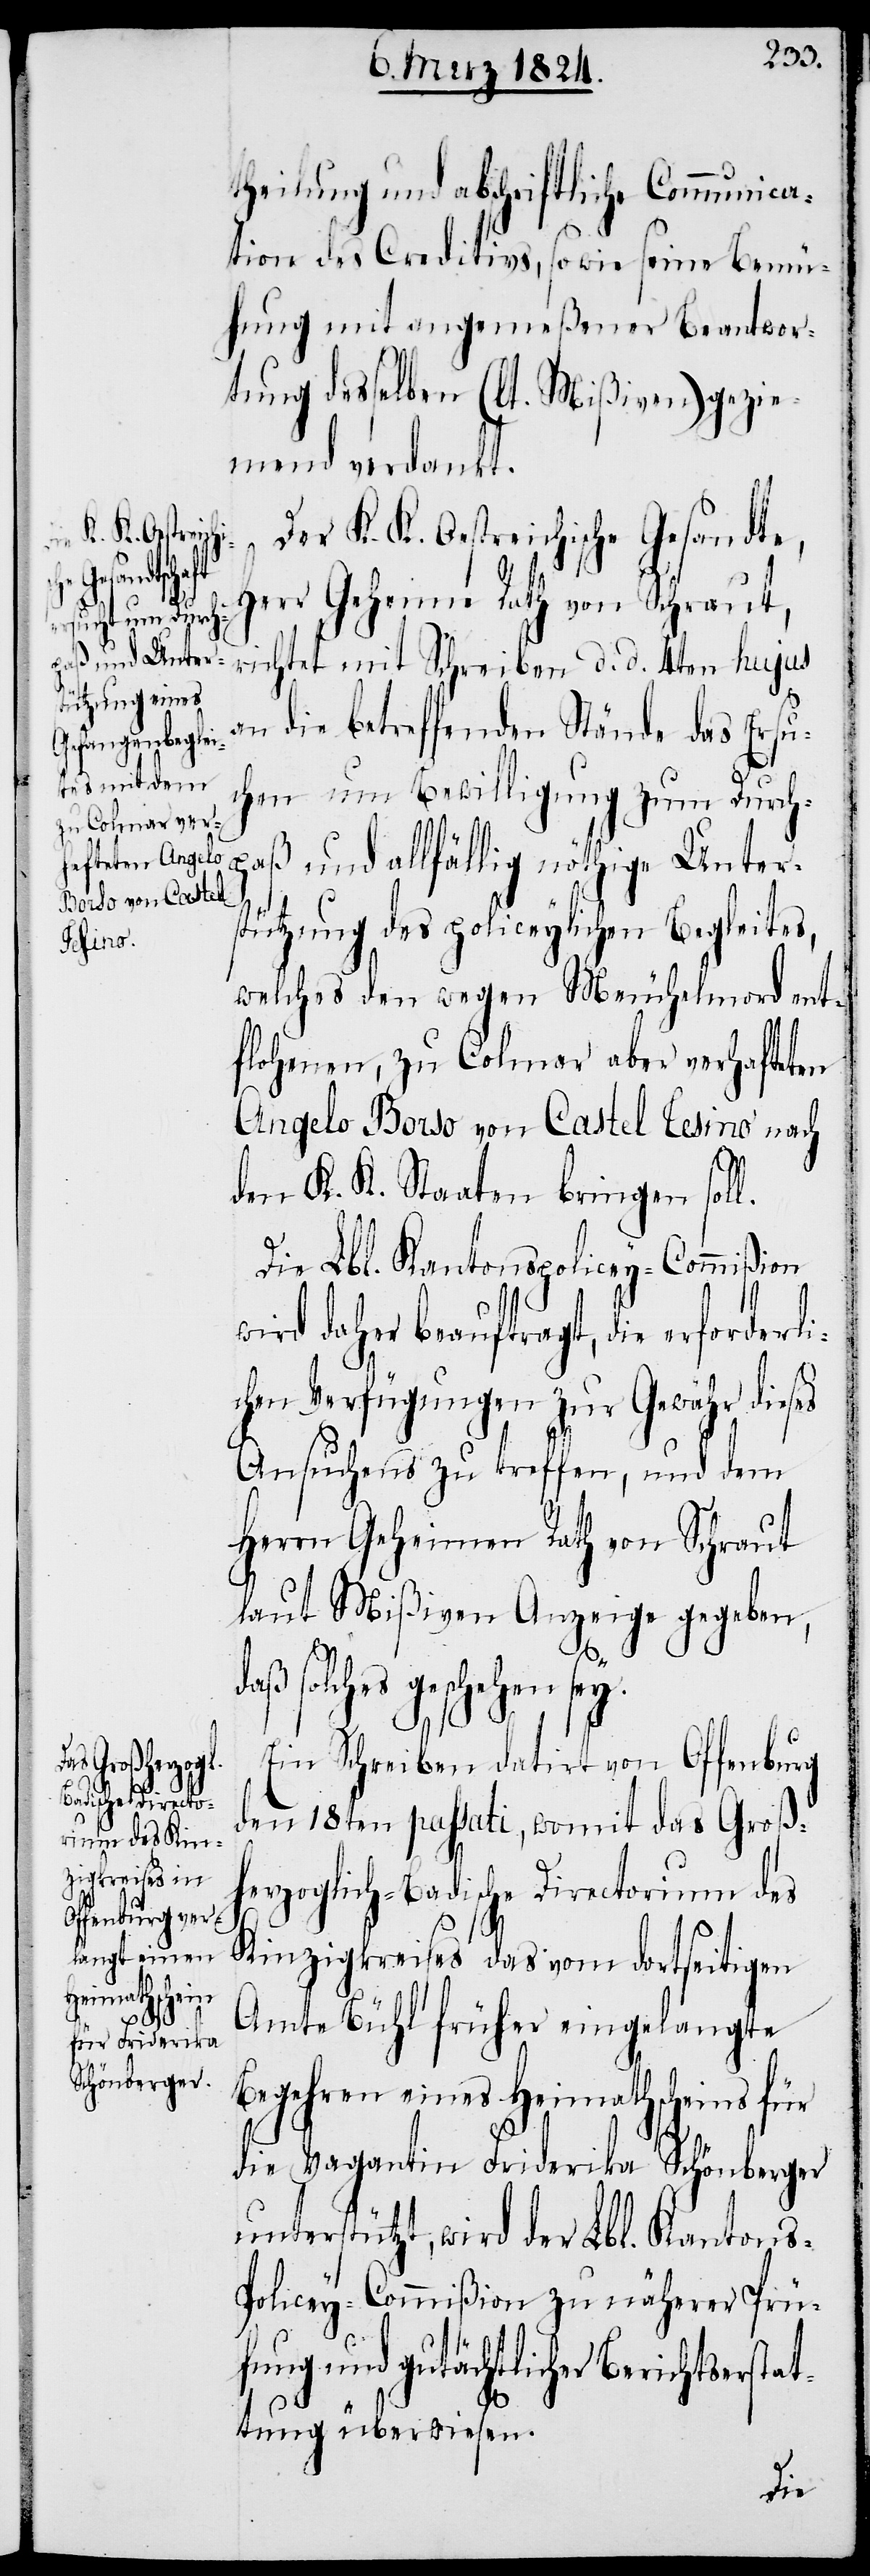
Gesandte,
K. K.

theilung und abschriftliche Communica¬
tion des Creditivs, sowie seine Bemü¬
hung mit angemeßener Beantwor¬
tung desselben (lt. Mißiven) gezie¬
mend verdankt.
Herr Geheime Rath von Schraut,
richtet mit Schreiben d. d. 4ten hujus
an die betreffenden Stände das Ersu¬
chen um Bewilligung zum Durchp¬
aß und allfällig nöthige Unter¬
stützung des policeylichen Begleites,
welches den wegen Meuchelmord ent¬
flohenen, zu Colmar aber verhafteten
Angelo Borso von Castel Tesino nach
den K. K. Staaten bringen soll.
Die Lbl. Kantonspolicey-Commißion
wird daher beauftragt, die erforderl¬
chen Verfügungen zur Gewähr dieses
Ansuchens zu treffen, und dem
Herrn Geheimen Rath von Schraut
laut Mißiven Anzeige gegeben,
solches geschehen
Ein Schreiben datirt von Offenburg
den 18ten passati, womit das Groß¬
herzoglich-Badische Directorium des
Kinzigkreises das vom dortseitigen
Amte Bühl früher eingelangte
Begehren eines Heimathscheins für
die Vagantin Friderika Schönberger
unterstützt, wird der Lbl. Kantons-P¬
olicey-Commißion zu näherer Prü¬
fung und gutächtlicher Berichtserst¬
attung überwiesen.
i¬